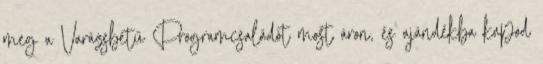
meg a Varázsbetű Programcsaládot most áron, és ajándékba kapod